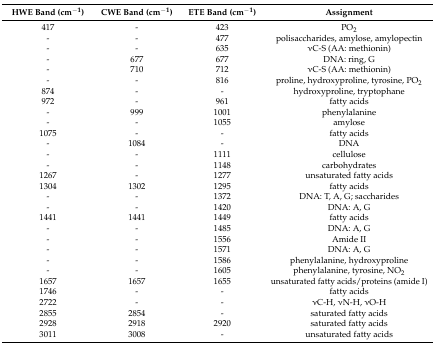
<table><thead><tr><td><b>HWE Band (cm<sup>−1</sup>)</b></td><td><b>CWE Band (cm<sup>−1</sup>)</b></td><td><b>ETE Band (cm<sup>−1</sup>)</b></td><td><b>Assignment</b></td></tr></thead><tbody><tr><td>417</td><td>-</td><td>423</td><td>PO<sub>2</sub></td></tr><tr><td>-</td><td>-</td><td>477</td><td>polisaccharides, amylose, amylopectin</td></tr><tr><td>-</td><td>-</td><td>635</td><td>νC-S (AA: methionin)</td></tr><tr><td>-</td><td>677</td><td>677</td><td>DNA: ring, G</td></tr><tr><td>-</td><td>710</td><td>712</td><td>νC-S (AA: methionin)</td></tr><tr><td>-</td><td>-</td><td>816</td><td>proline, hydroxyproline, tyrosine, PO<sub>2</sub></td></tr><tr><td>874</td><td>-</td><td>-</td><td>hydroxyproline, tryptophane</td></tr><tr><td>972</td><td>-</td><td>961</td><td>fatty acids</td></tr><tr><td>-</td><td>999</td><td>1001</td><td>phenylalanine</td></tr><tr><td>-</td><td>-</td><td>1055</td><td>amylose</td></tr><tr><td>1075</td><td>-</td><td>-</td><td>fatty acids</td></tr><tr><td>-</td><td>1084</td><td>-</td><td>DNA</td></tr><tr><td>-</td><td>-</td><td>1111</td><td>cellulose </td></tr><tr><td>-</td><td>-</td><td>1148</td><td>carbohydrates </td></tr><tr><td>1267</td><td>-</td><td>1277</td><td>unsaturated fatty acids</td></tr><tr><td>1304</td><td>1302</td><td>1295</td><td>fatty acids</td></tr><tr><td>-</td><td>-</td><td>1372</td><td>DNA: T, A, G; saccharides </td></tr><tr><td>-</td><td>-</td><td>1420</td><td>DNA: A, G</td></tr><tr><td>1441</td><td>1441</td><td>1449</td><td>fatty acids</td></tr><tr><td>-</td><td>-</td><td>1485</td><td>DNA: A, G</td></tr><tr><td>-</td><td>-</td><td>1556</td><td>Amide II</td></tr><tr><td>-</td><td>-</td><td>1571</td><td>DNA: A, G</td></tr><tr><td>-</td><td>-</td><td>1586</td><td>phenylalanine, hydroxyproline</td></tr><tr><td>-</td><td>-</td><td>1605</td><td>phenylalanine, tyrosine, NO<sub>2</sub></td></tr><tr><td>1657</td><td>1657</td><td>1655</td><td>unsaturated fatty acids/proteins (amide I)</td></tr><tr><td>1746</td><td>-</td><td>-</td><td>fatty acids</td></tr><tr><td>2722</td><td>-</td><td>-</td><td>νC-H, νN-H, νO-H</td></tr><tr><td>2855</td><td>2854</td><td>-</td><td>saturated fatty acids</td></tr><tr><td>2928</td><td>2918</td><td>2920</td><td>saturated fatty acids</td></tr><tr><td>3011</td><td>3008</td><td>-</td><td>unsaturated fatty acids</td></tr></tbody></table>